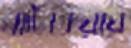
ঘাটিকিয়ায়